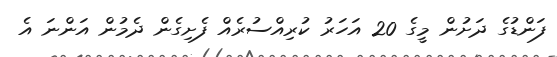
ފަންޑުގެ ދަށުން މީގެ 20 އަހަރު ކުރިއްސުރެއް ފެށިގެން ދެމުން އަންނަ އެ